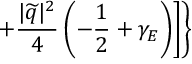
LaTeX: + \frac { | \widetilde { q } | ^ { 2 } } { 4 } \left( - \frac { 1 } { 2 } + \gamma _ { E } \right) \biggr ] \biggr \}